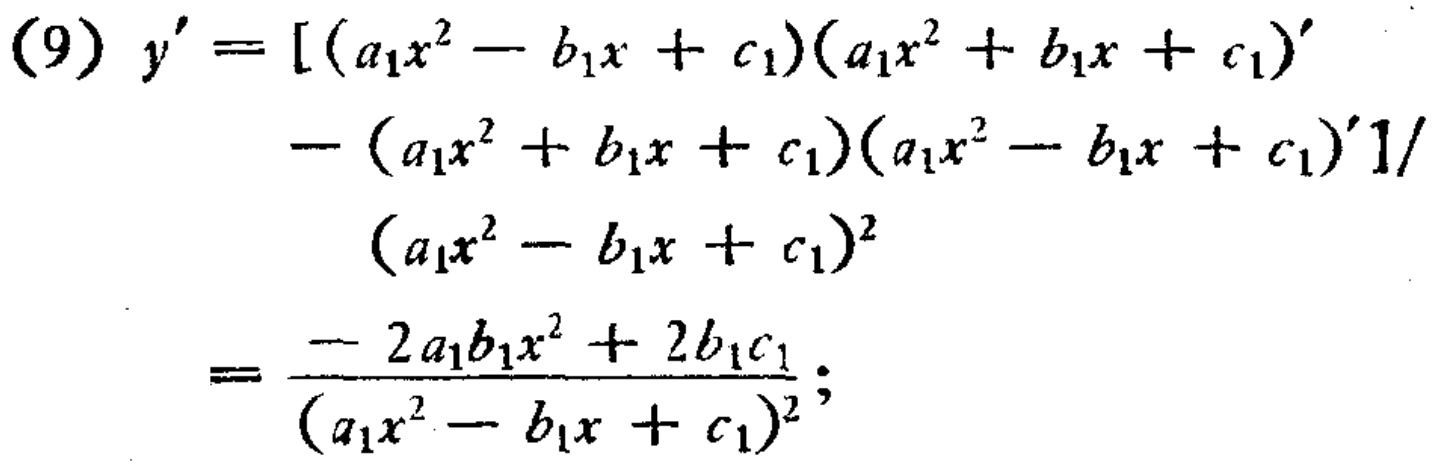
\begin{align*}
(9)\ y'=&\left[(a_{1}x^{2}-b_{1}x + c_{1})(a_{1}x^{2}+b_{1}x + c_{1})' \right.\\
&\left.-(a_{1}x^{2}+b_{1}x + c_{1})(a_{1}x^{2}-b_{1}x + c_{1})'\right]/\\
&(a_{1}x^{2}-b_{1}x + c_{1})^{2}\\
=&\frac{- 2a_{1}b_{1}x^{2}+2b_{1}c_{1}}{(a_{1}x^{2}-b_{1}x + c_{1})^{2}};
\end{align*}